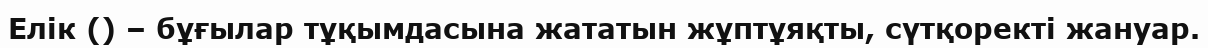
Елік () – бұғылар тұқымдасына жататын жұптұяқты, сүтқоректі жануар.